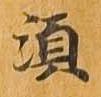
須